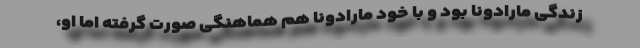
زندگی مارادونا بود و با خود مارادونا هم هماهنگی صورت گرفته اما او،